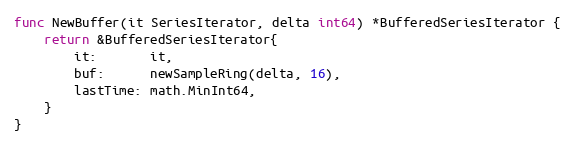
Language: Go
func NewBuffer(it SeriesIterator, delta int64) *BufferedSeriesIterator {
	return &BufferedSeriesIterator{
		it:       it,
		buf:      newSampleRing(delta, 16),
		lastTime: math.MinInt64,
	}
}